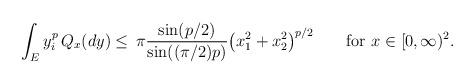
LaTeX: \begin{align*}\begin{aligned}\int_E y_i^p\, Q_x(dy)&\leq\,\pi\frac{\sin(p/2)}{\sin((\pi/2)p)}\big(x_1^2+x_2^2\big)^{p/2}\qquad\mbox{for }x\in[0,\infty)^2.\end{aligned}\end{align*}